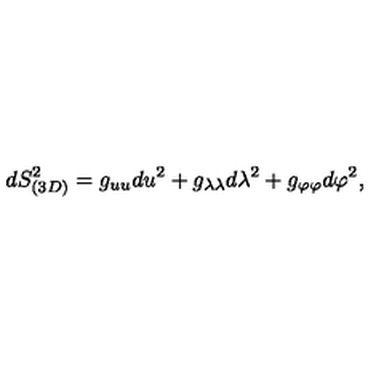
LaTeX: d S _ { ( 3 D ) } ^ { 2 } = g _ { u u } d u ^ { 2 } + g _ { \lambda \lambda } d \lambda ^ { 2 } + g _ { \varphi \varphi } d \varphi ^ { 2 } ,